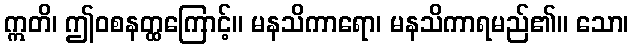
ဣတိ၊ ဤဝစနတ္ထကြောင့်။ မနသိကာရော၊ မနသိကာရမည်၏။ သော၊